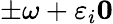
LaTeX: \pm\omega+\varepsilon_{i}\le 0